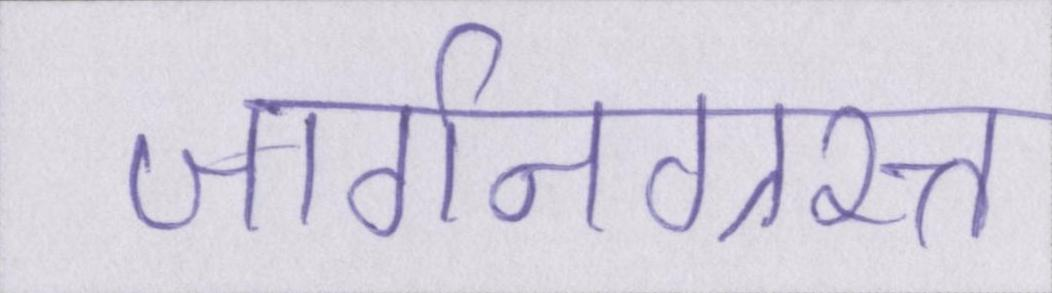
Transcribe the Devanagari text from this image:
जार्गनग्रस्त